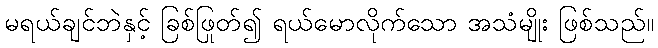
မရယ်ချင်ဘဲနှင့် ခြစ်ဖြုတ်၍ ရယ်မောလိုက်သော အသံမျိုး ဖြစ်သည်။